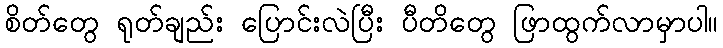
စိတ်တွေ ရုတ်ချည်း ပြောင်းလဲပြီး ပီတိတွေ ဖြာထွက်လာမှာပါ။